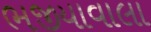
ભજીયાવાલા